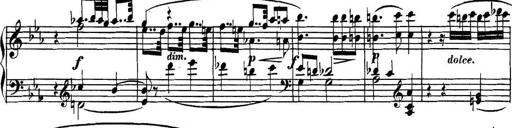
Title: Collected Piano Sonatas
Composer: Muzio Clementi